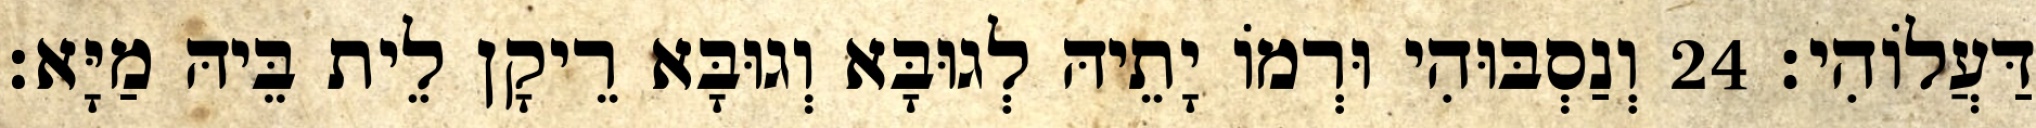
דַּעֲלוֹהִי׃ 24 וְנַסְבּוּהִי וּרְמוֹ יָתֵיהּ לְגוּבָּא וְגוּבָּא רֵיקָן לֵית בֵּיהּ מַיָּא׃